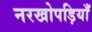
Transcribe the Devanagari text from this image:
नरखोपड़ियाँ